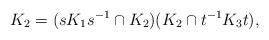
LaTeX: \begin{align*} K_2=(s K_1 s^{-1}\cap K_2) (K_2\cap t^{-1}K_3 t),\end{align*}